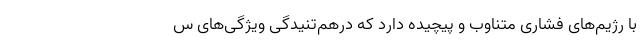
با رژیم‌های فشاری متناوب و پیچیده دارد که درهم‌تنیدگی ویژگی‌های س